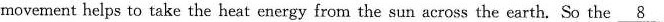
movement helps to take the heat energy from the sun across the earth. So the \underline{8}